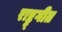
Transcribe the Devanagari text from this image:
राष्ट्र्गीत